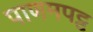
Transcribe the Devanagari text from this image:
पाणमपट्ट